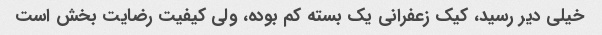
خیلی دیر رسید، کیک زعفرانی یک بسته کم بوده، ولی کیفیت رضایت بخش است